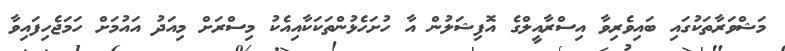
މަޝްވަރާތަކުގައި ބައިވެރިވާ އިސްރާއީލްގެ އޮފިޝަލުން އާ ހުށަހެޅުންތަކަކާއިއެކު މިސްރަށް މިއަދު އައުމަށް ހަމަޖެހިފައިވާ